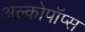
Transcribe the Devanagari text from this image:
अल्कोपॉप्स